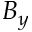
B _ { y }